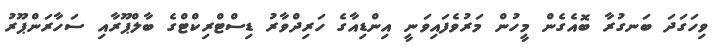
ވިހަގަދަ ބަނގުރާ ބޮއެގެން މީހުން މަރުވެފައިވަނީ އިންޑިއާގެ ހަރިދްވާރު ޑިސްޓްރިކްޓްގެ ބާލްޕޫރާއި ސަހާރަންޕޫރު